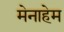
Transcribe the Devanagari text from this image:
मेनाहेम